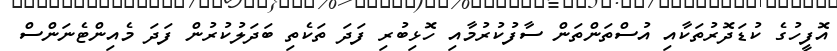
އޮފީހުގެ ކުޑަދޮރުތަކާއި އުސްތަންތަން ސާފުކުރުމާއި ހޮޅިބުރި ފަދަ ތަކެތި ބަދަލުކުރުން ފަދަ މެއިންޓެނަންސް